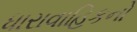
ધારાવાહિકનો